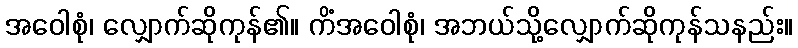
အဝေါစုံ၊ လျှောက်ဆိုကုန်၏။ ကိံအဝေါစုံ၊ အဘယ်သို့လျှောက်ဆိုကုန်သနည်း။